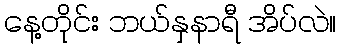
နေ့တိုင်း ဘယ်နှနာရီ အိပ်လဲ။